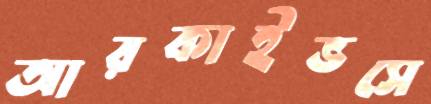
আরকাইভসে